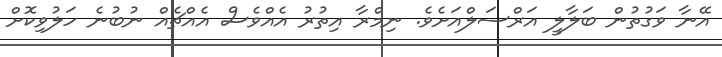
އޭނާ ވަގުތުން ބަލާލީ އަރްސަލްއަށެވެ. ނިމްރާ އިތުރު އެއްވެސް އެއްޗެއް ނުބުނެ ހަލުވިކޮށް